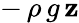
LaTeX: -\, \rho\, g\, \mathbf{z}